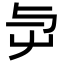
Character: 𡴃